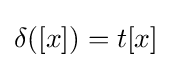
\delta ([x])=t[x]